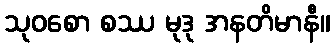
သုဝစော စဿ မုဒု အနတိမာနီ။